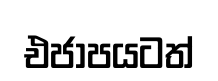
එජාපයටත්